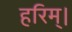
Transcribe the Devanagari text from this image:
हरिम्।